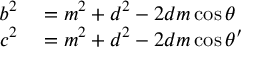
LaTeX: \begin{array} { r l } { b ^ { 2 } } & { { } = m ^ { 2 } + d ^ { 2 } - 2 d m \cos \theta } \\ { c ^ { 2 } } & { { } = m ^ { 2 } + d ^ { 2 } - 2 d m \cos \theta ^ { \prime } } \end{array}